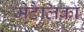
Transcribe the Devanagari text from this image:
मेटैलिका